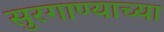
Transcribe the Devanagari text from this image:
सुरगाण्याच्या